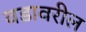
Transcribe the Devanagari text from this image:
वडावरील